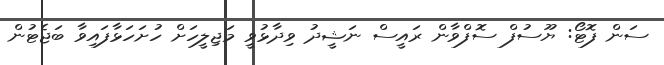
ސަން ފޮޓޯ: ޔޫސުފް ސޮފްވާން ރައީސް ނަޝީދު ވިދާޅުވީ މަޖިލީހަށް ހުށަހަޅާފައިވާ ބަޖެޓުން